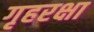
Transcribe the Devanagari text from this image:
गृहरक्षा